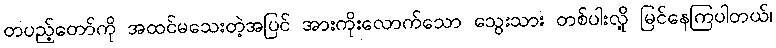
တပည့်တော်ကို အထင်မသေးတဲ့အပြင် အားကိုးလောက်သော သွေးသား တစ်ပါးလို့ မြင်နေကြပါတယ်၊